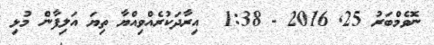
ނޮވެމްބަރު 25